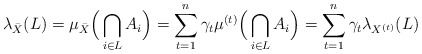
\begin{align*} \lambda_{\bar{X}}(L)=\mu_{\bar{X}} \Big(\bigcap_{i\in L} A_i \Big) = \sum_{t=1}^{n}\gamma_t\mu^{(t)} \Big(\bigcap_{i\in L} A_i \Big) = \sum_{t=1}^{n}\gamma_t \lambda_{X^{(t)}}(L)\end{align*}